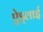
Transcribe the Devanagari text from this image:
ऐड्लाई